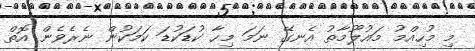
މި މުހިއްމު މައުލޫމާތު އެނގޭ ނަމަ މިހާ ކުޑަކުޑަ ކަމަކުން ނެރެވެން އޮތް